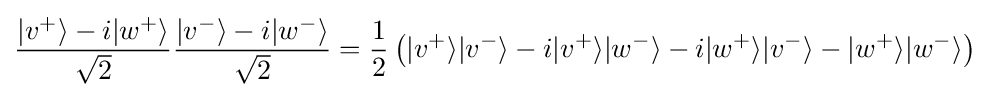
{\frac {|v^{+}\rangle -i|w^{+}\rangle }{\sqrt {2}}}{\frac {|v^{-}\rangle -i|w^{-}\rangle }{\sqrt {2}}}={\frac {1}{2}}\left(|v^{+}\rangle |v^{-}\rangle -i|v^{+}\rangle |w^{-}\rangle -i|w^{+}\rangle |v^{-}\rangle -|w^{+}\rangle |w^{-}\rangle \right)